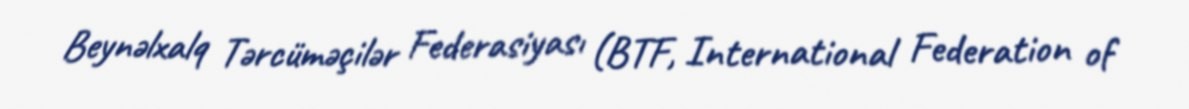
Beynəlxalq Tərcüməçilər Federasiyası (BTF, International Federation of